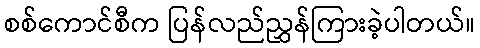
စစ်ကောင်စီက ပြန်လည်ညွှန်ကြားခဲ့ပါတယ်။